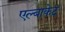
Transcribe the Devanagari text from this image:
एल्बाकेट